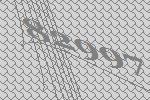
82997